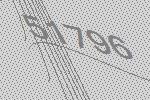
51796